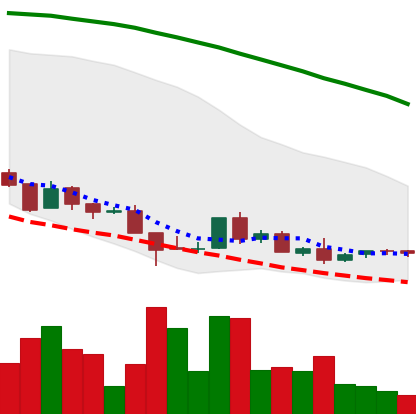
Ticker: ADA-USD
Chart end date: 2018-08-26
Forward return: 9.49%
Label: up_7plus